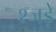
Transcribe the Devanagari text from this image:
श्जड़े